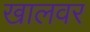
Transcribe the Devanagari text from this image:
खालवर